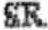
SR